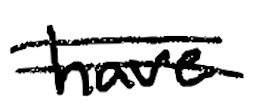
Text: have
Cross-out: double-line
Writing tool: digital_black